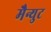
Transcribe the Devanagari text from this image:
मैन्युट